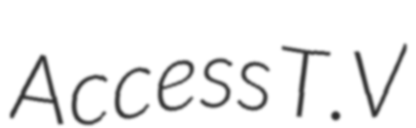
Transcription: Access T.V